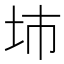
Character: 𡊔